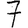
Digit: 7